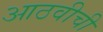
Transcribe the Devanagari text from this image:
आठवीची